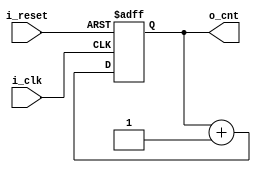
`timescale 1ns / 1ps


module counter_2bit(
    input i_clk, i_reset,
    output [1:0] o_cnt
    );
    
    reg [1:0] r_cnt = 0;
    assign o_cnt = r_cnt;
    
    always @(posedge i_clk or posedge i_reset) begin
        if (i_reset) r_cnt <= 0;
        else r_cnt <= r_cnt + 1;
    end
endmodule